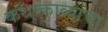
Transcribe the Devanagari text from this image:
कथाकाव्याचा